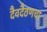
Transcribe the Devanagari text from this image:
दैवदैठणचा